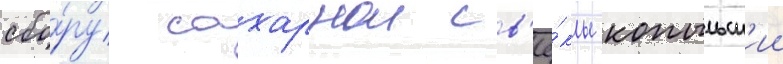
сбо́ру сахарнои св'ё́клы копыльск'ии